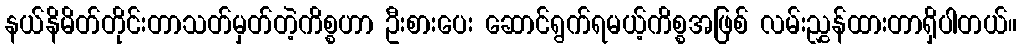
နယ်နိမိတ်တိုင်းတာသတ်မှတ်တဲ့ကိစ္စဟာ ဦးစားပေး ဆောင်ရွက်ရမယ့်ကိစ္စအဖြစ် လမ်းညွှန်ထားတာရှိပါတယ်။